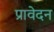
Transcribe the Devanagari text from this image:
प्रावेदन